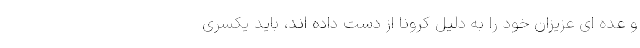
و عده ای عزیزان خود را به دلیل کرونا از دست داده اند، باید یکسری